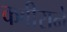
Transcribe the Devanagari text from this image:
कबीराने